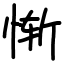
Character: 惭